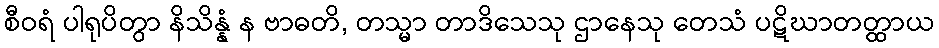
စီဝရံ ပါရုပိတွာ နိသိန္နံ န ဗာဓတိ, တသ္မာ တာဒိသေသု ဌာနေသု တေသံ ပဋိဃာတတ္ထာယ